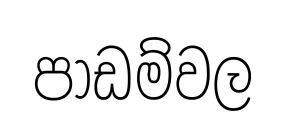
පාඩම්වල